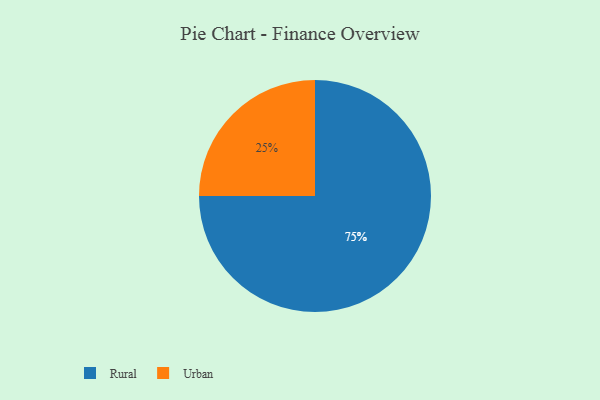
{"axis": {"x": "Category", "y": "Percentage"}, "legend": ["Rural", "Urban"], "data": [{"x": "Rural", "y": 75, "type": "Rural"}, {"x": "Urban", "y": 25, "type": "Urban"}]}